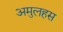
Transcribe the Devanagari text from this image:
अमुलहस